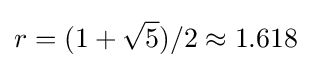
r=(1+{\sqrt {5}})/2\approx 1.618